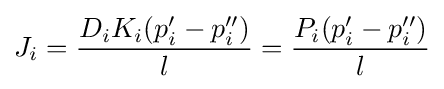
J_{i}={\frac {D_{i}K_{i}(p_{i}'-p_{i}'')}{l}}={\frac {P_{i}(p_{i}'-p_{i}'')}{l}}